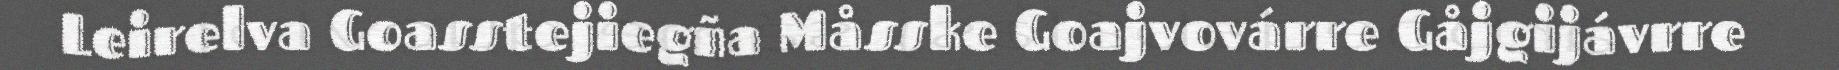
Leirelva Goasstejiegña Måsske Goajvovárre Gåjgijávrre